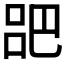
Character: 𫶷